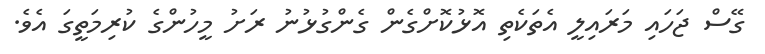
ގޭސް ޖަހައި މަރައިލީ އެތަކެތި އޮޅުކޮށްގެން ގެންގުޅުނު ރަށު މީހުންގެ ކުރިމަތީގަ އެވެ.